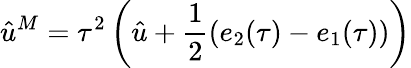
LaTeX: \hat{u}^{M}=\tau^{2}\left(\hat{u}+\frac{1}{2}(e_{2}(\tau)-e_{1}(\tau))\right)